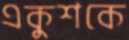
একুশকে